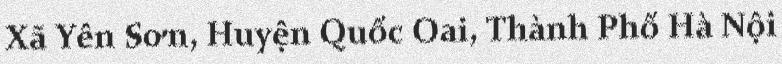
Xã Yên Sơn, Huyện Quốc Oai, Thành Phố Hà Nội